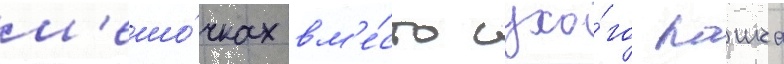
м'ешо́чках вм'е́сто сухо́го паика